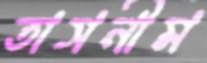
তাসনীম